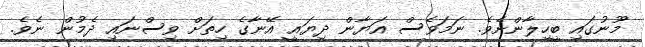
މޫނުގައި ބީހިލާންށެވެ. ނަމަވެސް އަޔާން ދިޔައީ އޭނާގެ ހިތަށް ވިސްނައި ދެމުން ނެވެ.